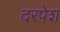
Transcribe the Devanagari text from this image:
दरपेश